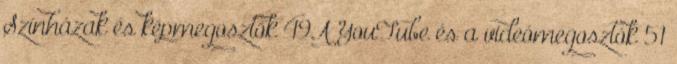
Színházak és képmegosztók 49A YouTube és a videómegosztók 51